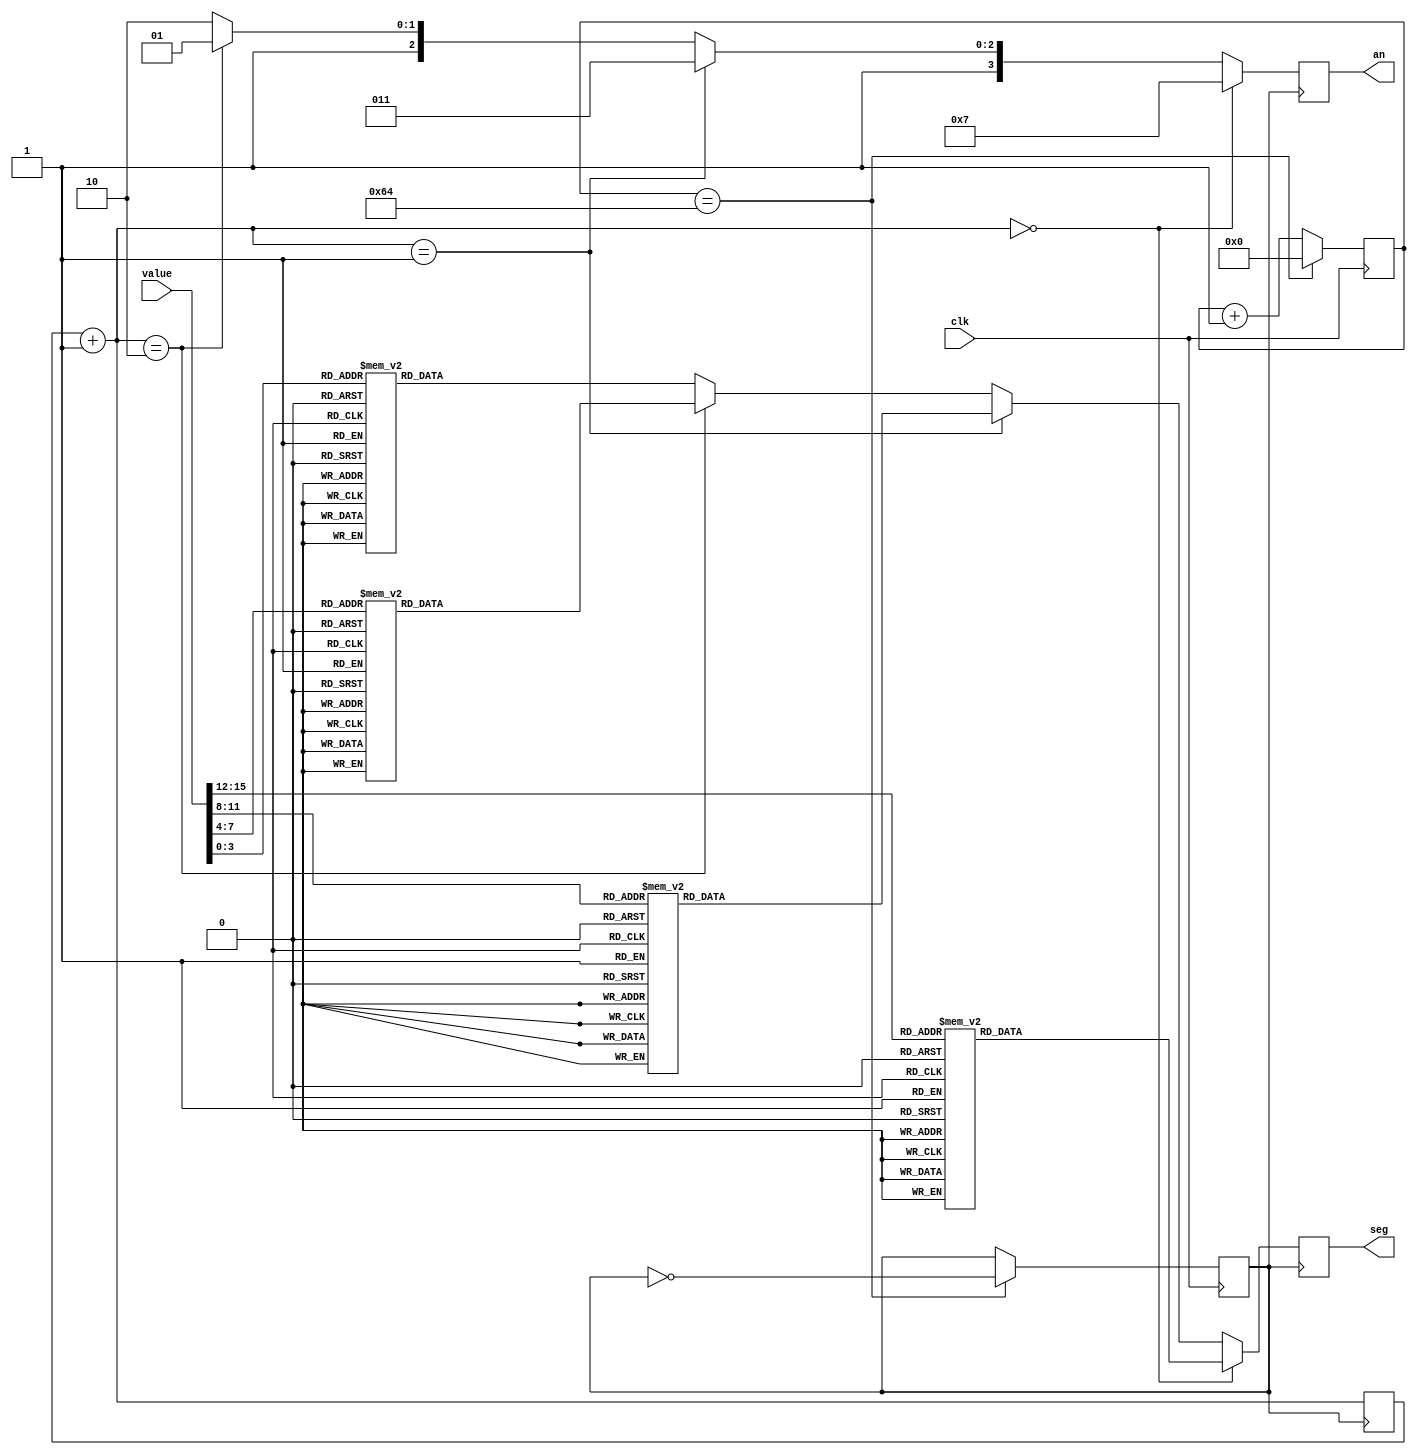
`timescale 1ns / 1ps
//////////////////////////////////////////////////////////////////////////////////
// Company: BU
// 
// Module Name:    seg_display 
// Project Name: Lab 1 - ALU and Microprocessor Design and implementation
// Target Devices: Nexys3 Spartan 6
// Revision 0.01 - File Created
// Description: 
//
// This file updates the 7 segment display on the Nexys3
//
//////////////////////////////////////////////////////////////////////////////////
module seg_display(
   input  wire        clk,   // Should be 1 MHz (1 us)
   input  wire [15:0] value, // 16 bit value to be displayed
   output reg  [7:0]  seg,
   output reg  [3:0]  an
   );

	// Clock Variables
	reg [6:0] counter;
	reg clk_seg;
	
	// Digit to update
	reg [1:0] digit;
	 
	initial begin
		counter = 0;
		clk_seg = 0;
		digit = 0;
	end
	
	// Divide the clock to 10kHz
	// After experimentation, this rate made the 7 Segment LEDs look best
	always @ (posedge clk) begin
		if (counter == 100) begin
			counter <= 0;
			clk_seg <= !clk_seg;
		end else begin
			counter <= counter + 1'b1;
		end
	end

	always @ (posedge clk_seg) begin
		digit = digit + 1'b1;
		if (digit == 0) begin
			an = 4'b0111;
			display_digit(value[15:12]);
		end else if (digit == 1) begin
			an = 4'b1011;
			display_digit(value[11:8]);
		end else if (digit == 2) begin
			an = 4'b1101;
			display_digit(value[7:4]);
		end else begin
			an = 4'b1110;	
			display_digit(value[3:0]);
		end
	end
	
	task display_digit;
		input [3:0] d;
		begin
			case (d)
				0:  seg <= 8'b11000000;
            1:  seg <= 8'b11111001;
            2:  seg <= 8'b10100100;
            3:  seg <= 8'b10110000;
            4:  seg <= 8'b10011001;
            5:  seg <= 8'b10010010;
            6:  seg <= 8'b10000010;
            7:  seg <= 8'b11111000;
            8:  seg <= 8'b10000000;
				9:  seg <= 8'b10010000;
				10: seg <= 8'b10001000;  // A
				11: seg <= 8'b00000000;  // B
				12: seg <= 8'b11000110;  // C
				13: seg <= 8'b01000000;  // D
				14: seg <= 8'b10000110;  // E
				15: seg <= 8'b10001110;  // F
			endcase
		end
	endtask

endmodule